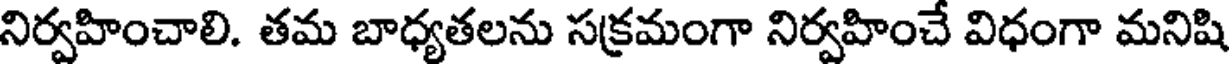
నిర్వహించాలి. తమ బాధ్యతలను సక్రమంగా నిర్వహించే విధంగా మనిషి